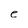
Character: e